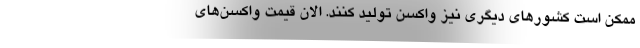
ممکن است کشورهای دیگری نیز واکسن‌ تولید کنند. الان قیمت واکسن‌های